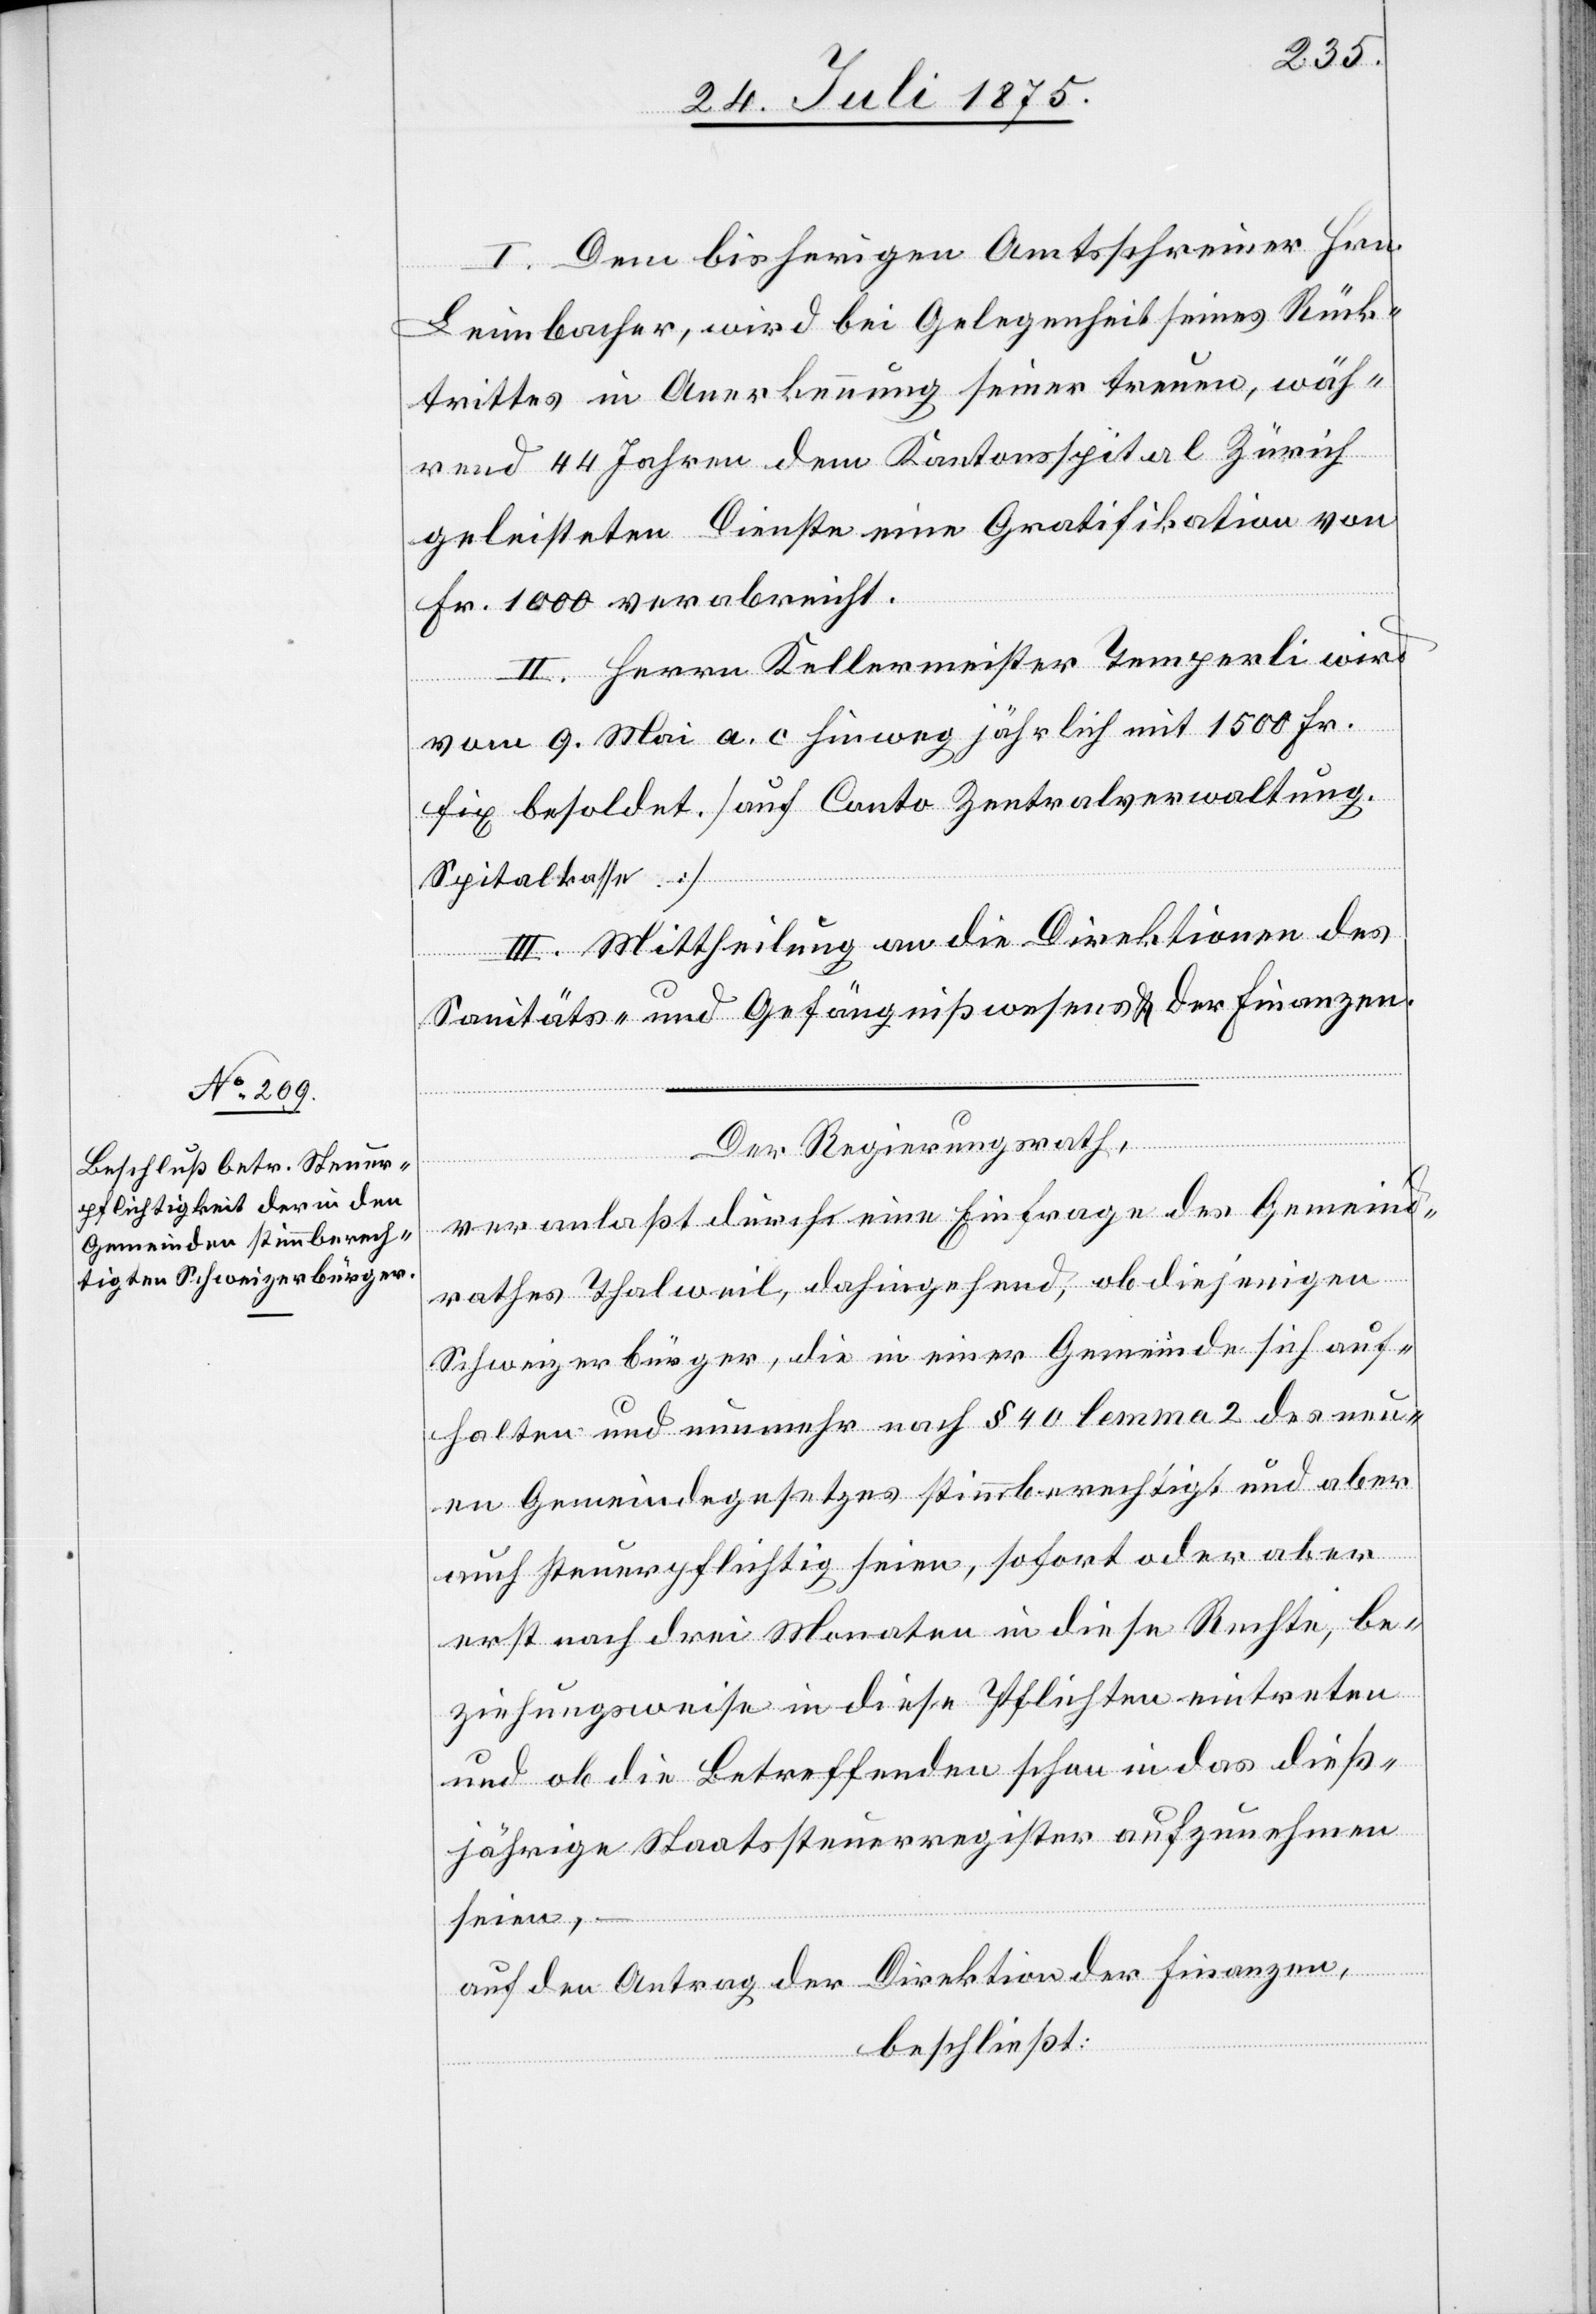
I. Dem bisherigen Amtsschreiner Hrn.
Leimbacher, wird bei Gelegenheit seines Rück¬
trittes in Anerkennung seiner treuen, wäh¬
rend 44 Jahren dem Kantonsspital Zürich
geleisteten Dienste eine Gratifikation von
Fr. 1000 verabreicht.
II. Herrn Kellermeister Temperli wird
vom 9. Mai a. c. hinweg jährlich mit 1500 Fr.
fix besoldet. [auf Conto Zentralverwaltung.
Spitalkasse.]
III. Mittheilung an die Direktionen des
Sanitäts- und Gefängnißwesens & der Finanzen.
Der Regierungsrath,
veranlaßt durch eine Einfrage des Gemeind¬
rathes Thalweil, dahingehend, ob diejenigen
Schweizerbürger, die in einer Gemeinde sich auf¬
halten und nunmehr nach § 40 lemma 2 des neue¬
n Gemeindegesetzes stimmberechtigt und aber
auch steuerpflichtig seien, sofort oder aber
erst nach drei Monaten in diese Rechtem be¬
ziehungsweise in diese Pflichten eintreten
und ob die Betreffenden schon in das dieß¬
jährige Staatssteuerregister aufzunehmen
seien,
auf den Antrag der Direktion der Finanzen,
beschließt: